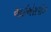
આઇએસપીઝ